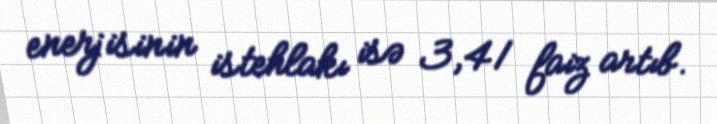
enerjisinin istehlakı isə 3,41 faiz artıb.